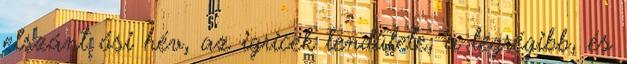
elszánt ősi hév, az igricek lendülete, a legrégibb, és